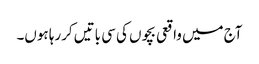
آج میں واقعی بچوں کی سی باتیں کررہا ہوں۔